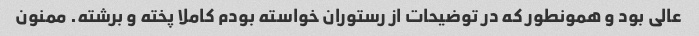
عالی بود و همونطور که در توضیحات از رستوران خواسته بودم کاملا پخته و برشته. ممنون